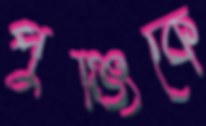
পুঞ্জিকে